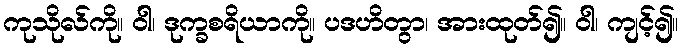
ကုသိုလ်ကို။ ဝါ၊ ဒုက္ခစရိယာကို။ ပဒဟိတွာ၊ အားထုတ်၍။ ဝါ၊ ကျင့်၍။